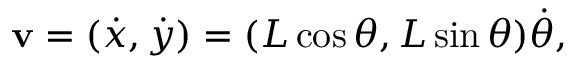
\mathbf { v } = ( { \dot { x } } , { \dot { y } } ) = ( L \cos \theta , L \sin \theta ) { \dot { \theta } } ,